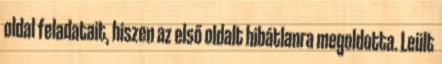
oldal feladatait, hiszen az első oldalt hibátlanra megoldotta. Leült